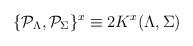
LaTeX: \begin{align*}\{{\cal P}_\Lambda, {\cal P}_\Sigma\}^x \equiv 2 K^x (\Lambda,\Sigma)\end{align*}